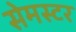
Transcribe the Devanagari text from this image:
सेमस्टर